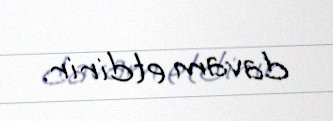
davam etdirir.